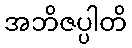
အဘိဇပ္ပါတိ